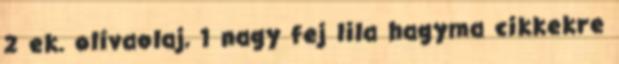
2 ek. olívaolaj, 1 nagy fej lila hagyma cikkekre